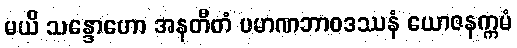
မယိ သန္ဒောဟော အနတီတံ ပမာဏဘာဝဒဿနံ ယောဇနက္ကမံ